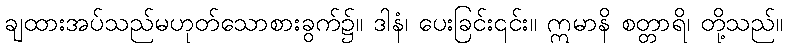
ချထားအပ်သည်မဟုတ်သောစားခွက်၌။ ဒါနံ၊ ပေးခြင်း၎င်း။ ဣမာနိ စတ္တာရိ၊ တို့သည်။